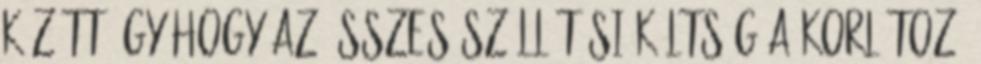
között úgy hogy az összes szállítási költség a korlátozó